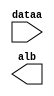
// megafunction wizard: %LPM_COMPARE%VBB%
// GENERATION: STANDARD
// VERSION: WM1.0
// MODULE: LPM_COMPARE 

// ============================================================
// Megafunction Name(s):
// 			LPM_COMPARE
//
// Simulation Library Files(s):
// 			lpm
// ============================================================
// ************************************************************
// THIS IS A WIZARD-GENERATED FILE. DO NOT EDIT THIS FILE!
//
// 18.1.0 Build 625 09/12/2018 SJ Lite Edition
// ************************************************************

//Copyright (C) 2018  Intel Corporation. All rights reserved.
//Your use of Intel Corporation's design tools, logic functions 
//and other software and tools, and its AMPP partner logic 
//functions, and any output files from any of the foregoing 
//(including device programming or simulation files), and any 
//associated documentation or information are expressly subject 
//to the terms and conditions of the Intel Program License 
//Subscription Agreement, the Intel Quartus Prime License Agreement,
//the Intel FPGA IP License Agreement, or other applicable license
//agreement, including, without limitation, that your use is for
//the sole purpose of programming logic devices manufactured by
//Intel and sold by Intel or its authorized distributors.  Please
//refer to the applicable agreement for further details.

module comp_4sec (
	dataa,
	alb);

	input	[29:0]  dataa;
	output	  alb;

endmodule

// ============================================================
// CNX file retrieval info
// ============================================================
// Retrieval info: PRIVATE: AeqB NUMERIC "0"
// Retrieval info: PRIVATE: AgeB NUMERIC "0"
// Retrieval info: PRIVATE: AgtB NUMERIC "0"
// Retrieval info: PRIVATE: AleB NUMERIC "0"
// Retrieval info: PRIVATE: AltB NUMERIC "1"
// Retrieval info: PRIVATE: AneB NUMERIC "0"
// Retrieval info: PRIVATE: INTENDED_DEVICE_FAMILY STRING "Cyclone V"
// Retrieval info: PRIVATE: LPM_PIPELINE NUMERIC "0"
// Retrieval info: PRIVATE: Latency NUMERIC "0"
// Retrieval info: PRIVATE: PortBValue NUMERIC "200000000"
// Retrieval info: PRIVATE: Radix NUMERIC "10"
// Retrieval info: PRIVATE: SYNTH_WRAPPER_GEN_POSTFIX STRING "0"
// Retrieval info: PRIVATE: SignedCompare NUMERIC "0"
// Retrieval info: PRIVATE: aclr NUMERIC "0"
// Retrieval info: PRIVATE: clken NUMERIC "0"
// Retrieval info: PRIVATE: isPortBConstant NUMERIC "1"
// Retrieval info: PRIVATE: nBit NUMERIC "30"
// Retrieval info: PRIVATE: new_diagram STRING "1"
// Retrieval info: LIBRARY: lpm lpm.lpm_components.all
// Retrieval info: CONSTANT: LPM_HINT STRING "ONE_INPUT_IS_CONSTANT=YES"
// Retrieval info: CONSTANT: LPM_REPRESENTATION STRING "UNSIGNED"
// Retrieval info: CONSTANT: LPM_TYPE STRING "LPM_COMPARE"
// Retrieval info: CONSTANT: LPM_WIDTH NUMERIC "30"
// Retrieval info: USED_PORT: alb 0 0 0 0 OUTPUT NODEFVAL "alb"
// Retrieval info: USED_PORT: dataa 0 0 30 0 INPUT NODEFVAL "dataa[29..0]"
// Retrieval info: CONNECT: @dataa 0 0 30 0 dataa 0 0 30 0
// Retrieval info: CONNECT: @datab 0 0 30 0 200000000 0 0 30 0
// Retrieval info: CONNECT: alb 0 0 0 0 @alb 0 0 0 0
// Retrieval info: GEN_FILE: TYPE_NORMAL comp_4sec.v TRUE
// Retrieval info: GEN_FILE: TYPE_NORMAL comp_4sec.inc TRUE
// Retrieval info: GEN_FILE: TYPE_NORMAL comp_4sec.cmp TRUE
// Retrieval info: GEN_FILE: TYPE_NORMAL comp_4sec.bsf TRUE
// Retrieval info: GEN_FILE: TYPE_NORMAL comp_4sec_inst.v TRUE
// Retrieval info: GEN_FILE: TYPE_NORMAL comp_4sec_bb.v TRUE
// Retrieval info: LIB_FILE: lpm